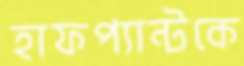
হাফপ্যান্টকে